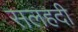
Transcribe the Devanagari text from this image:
सलहदी